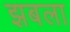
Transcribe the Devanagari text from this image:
झबला